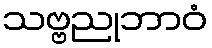
သဗ္ဗညုဘာဝံ